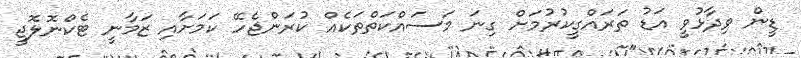
ޑީން ވިދާޅުވީ އަޑު ތަރައްގީކުރުމަށް ގިނަ މަސައްކަތްތަކެއް ކުރަންޖެހޭ ކަމަށާއި ޒަމާނީ ޓެކްނޮލޮޖީ